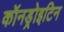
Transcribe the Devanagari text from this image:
कॉनड्रोइटिन